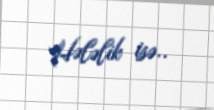
Hələlik isə..